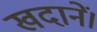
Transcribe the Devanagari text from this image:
खदानें।